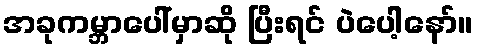
အခုကမ္ဘာပေါ်မှာဆို ပြီးရင် ပဲပေါ့နော်။